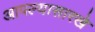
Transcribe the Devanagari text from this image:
आपल्यासारखे